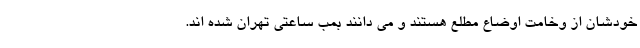
خودشان از وخامت اوضاع مطلع هستند و می دانند بمب ساعتی تهران شده اند.